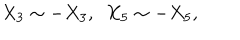
LaTeX: X _ { 3 } \sim - X _ { 3 } , \ \ X _ { 5 } \sim - X _ { 5 } ,